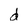
Character: d